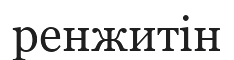
ренжитін